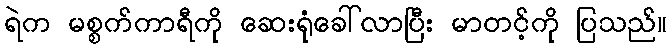
ရဲက မစ္စက်ကာရီကို ဆေးရုံခေါ်လာပြီး မာတင့်ကို ပြသည်။